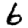
Digit: 6